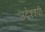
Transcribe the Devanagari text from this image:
उदेश्श्यी